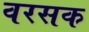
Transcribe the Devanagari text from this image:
वरसक